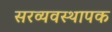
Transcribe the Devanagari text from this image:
सरव्यवस्थापक